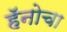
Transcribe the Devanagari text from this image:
हॅनोचा